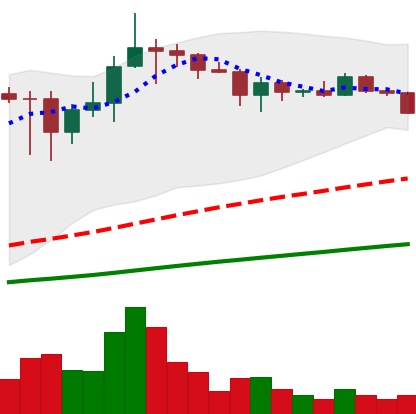
Ticker: ADA-USD
Chart end date: 2021-03-12
Forward return: 32.674%
Label: up_7plus